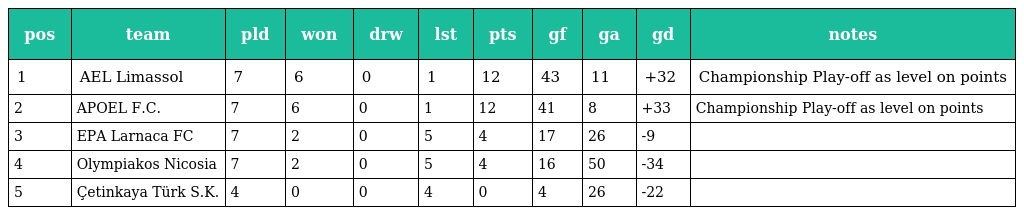
| pos | team | pld | won | drw | lst | pts | gf | ga | gd | notes |
 | --- | --- | --- | --- | --- | --- | --- | --- | --- | --- | --- |
 | 1 | AEL Limassol | 7 | 6 | 0 | 1 | 12 | 43 | 11 | +32 | Championship Play-off as level on points |
 | 2 | APOEL F.C. | 7 | 6 | 0 | 1 | 12 | 41 | 8 | +33 | Championship Play-off as level on points |
 | 3 | EPA Larnaca FC | 7 | 2 | 0 | 5 | 4 | 17 | 26 | -9 |  |
 | 4 | Olympiakos Nicosia | 7 | 2 | 0 | 5 | 4 | 16 | 50 | -34 |  |
 | 5 | Çetinkaya Türk S.K. | 4 | 0 | 0 | 4 | 0 | 4 | 26 | -22 |  |